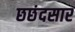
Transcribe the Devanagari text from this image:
छछंदसार